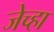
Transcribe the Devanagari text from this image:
जेच्हा